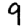
Digit: 9